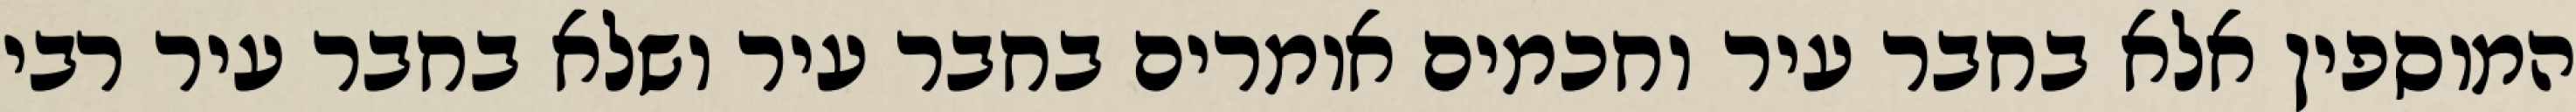
המוספין אלא בחבר עיר וחכמים אומרים בחבר עיר ושלא בחבר עיר רבי